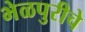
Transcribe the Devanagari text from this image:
भेळपुरीचे